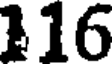
116